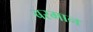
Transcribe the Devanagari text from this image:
बरमान